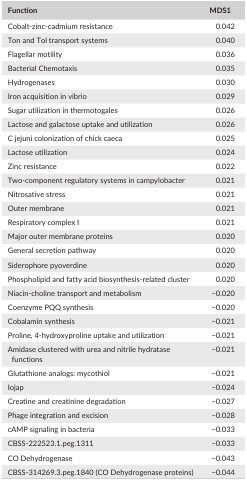
| Function | MDS1 |
 | --- | --- |
 | Cobalt‐zinc‐cadmium resistance | 0.042 |
 | Ton and Tol transport systems | 0.040 |
 | Flagellar motility | 0.036 |
 | Bacterial Chemotaxis | 0.035 |
 | Hydrogenases | 0.030 |
 | Iron acquisition in vibrio | 0.029 |
 | Sugar utilization in thermotogales | 0.026 |
 | Lactose and galactose uptake and utilization | 0.026 |
 | C jejuni colonization of chick caeca | 0.025 |
 | Lactose utilization | 0.024 |
 | Zinc resistance | 0.022 |
 | Two‐component regulatory systems in campylobacter | 0.021 |
 | Nitrosative stress | 0.021 |
 | Outer membrane | 0.021 |
 | Respiratory complex I | 0.021 |
 | Major outer membrane proteins | 0.020 |
 | General secretion pathway | 0.020 |
 | Siderophore pyoverdine | 0.020 |
 | Phospholipid and fatty acid biosynthesis‐related cluster | 0.020 |
 | Niacin‐choline transport and metabolism | −0.020 |
 | Coenzyme PQQ synthesis | −0.020 |
 | Cobalamin synthesis | −0.021 |
 | Proline, 4‐hydroxyproline uptake and utilization | −0.021 |
 | Amidase clustered with urea and nitrile hydratase functions | −0.021 |
 | Glutathione analogs: mycothiol | −0.021 |
 | Iojap | −0.024 |
 | Creatine and creatinine degradation | −0.027 |
 | Phage integration and excision | −0.028 |
 | cAMP signaling in bacteria | −0.033 |
 | CBSS‐222523.1.peg.1311 | −0.033 |
 | CO Dehydrogenase | −0.043 |
 | CBSS‐314269.3.peg.1840 (CO Dehydrogenase proteins) | −0.044 |